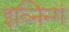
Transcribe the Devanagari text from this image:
इव्निन्गं